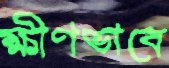
ক্ষীণভাবে